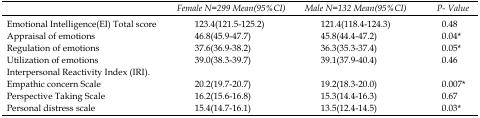
|  | FemaleN=299Mean(95%CI) | MaleN=132Mean(95%CI) | P- Value |
 | --- | --- | --- | --- |
 | Emotional Intelligence(EI) Total scoreAppraisal of emotionsRegulation of emotionsUtilization of emotions | 123.4(121.5-125.2)46.8(45.9-47.7)37.6(36.9-38.2)39.0(38.3-39.7) | 121.4(118.4-124.3)45.8(44.4-47.2)36.3(35.3-37.4)39.1(37.9-40.4) | 0.480.04*0.05*0.46 |
 | Interpersonal Reactivity Index (IRI). |  |  |  |
 | Empathic concern ScalePerspective Taking ScalePersonal distress scale | 20.2(19.7-20.7)16.2(15.6-16.8)15.4(14.7-16.1) | 19.2(18.3-20.0)15.3(14.4-16.3)13.5(12.4-14.5) | 0.007*0.670.03* |